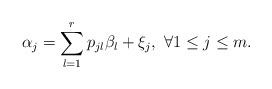
LaTeX: \begin{align*}\alpha_{j}=\sum_{l=1}^{r}p_{jl}\beta_{l}+\xi_{j},\ \forall 1\leq j\leq m.\end{align*}